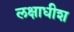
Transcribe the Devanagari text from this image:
लक्षाधीश